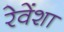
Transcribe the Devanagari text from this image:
रेवेंशा